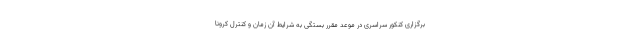
برگزاری کنکور سراسری در موعد مقرر بستگی به شرایط آن زمان و کنترل کرونا